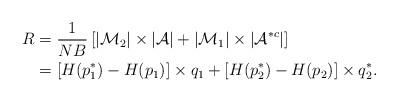
LaTeX: \begin{align*}R &=\frac{1}{NB}\left[|\mathcal{M}_2|\times|\mathcal{A}| +|\mathcal{M}_1|\times|\mathcal{A}^{*c}|\right]\\ &=[H(p_1^*)-H(p_1)]\times q_1 +[H(p_2^*)-H(p_2)]\times q_2^*. \end{align*}